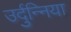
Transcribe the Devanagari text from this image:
उर्दुन्निया